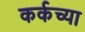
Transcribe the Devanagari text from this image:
कर्कच्या